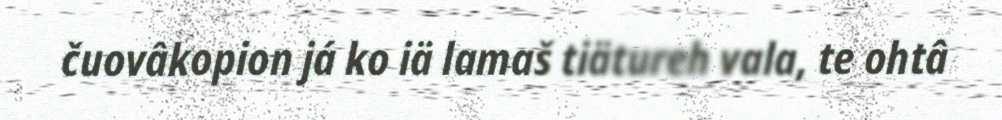
čuovâkopion já ko iä lamaš tiätureh vala, te ohtâ